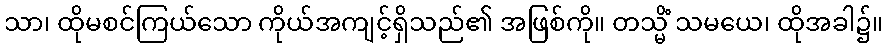
သာ၊ ထိုမစင်ကြယ်သော ကိုယ်အကျင့်ရှိသည်၏ အဖြစ်ကို။ တသ္မိံ သမယေ၊ ထိုအခါ၌။